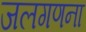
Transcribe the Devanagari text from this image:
जलगणना